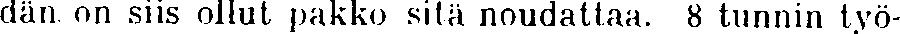
dän on siis ollut pakko sitä noudattaa. 8 tunnin työ-